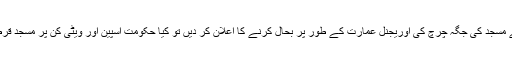
فرض کریں رجب طیب اردوان آیا صوفیہ کو میوزیم کے بجائے مسجد کی جگہ چرچ کی اوریجنل عمارت کے طور پر بحال کرنے کا اعلان کر دیں تو کیا حکومت اسپین اور ویٹی کن پر مسجد قرطبہ کی کلی یا جزوی بحالی کے لیے اخلاقی دباؤ بڑھ سکتا ہے؟